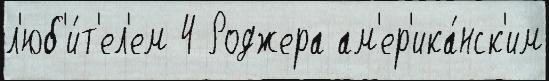
л'юб'и́т'ел'ем 4 Роджера ам'ер'ика́нск'им